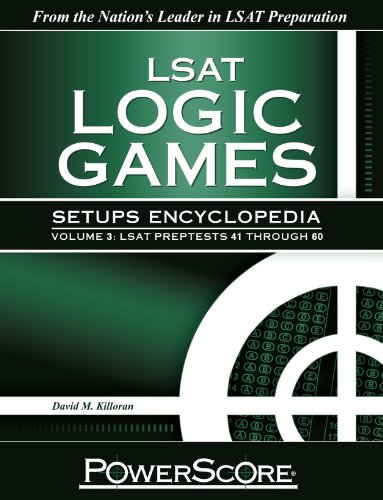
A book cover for The PowerScore LSAT Logic Games Setups Encyclopedia, Volume 3; David M. Killoran; Test Preparation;